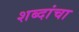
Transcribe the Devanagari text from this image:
शब्दांचा